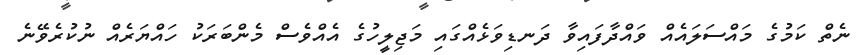
ނެތް ކަމުގެ މައްސަލައެއް ވައްދާފައިވާ ދަނޑިވަޅެއްގައި މަޖިލީހުގެ އެއްވެސް މެންބަރަކު ހައްޔަރެއް ނުކުރެވޭނެ